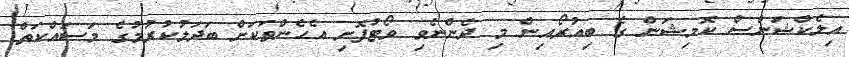
އިލެކްޝަންސް ކޮމިޝަން ގެ ބިއުރޯއިން މި ދެންނެވި ވޯޓުފޮށި އެހެންތަކަށް ބަދަލުކުރުމުގެ މަސައްކަތް